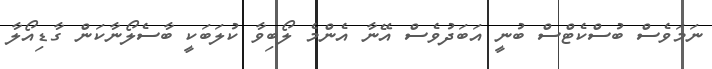
ނަމަވެސް ބުސްކެޓްސް ބުނީ އަބަދުވެސް އޭނާ އެންމެ ލޯބިވާ ކުލަބަކީ ބާސެލޯނާކަން ގާޑިއޯލާ